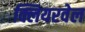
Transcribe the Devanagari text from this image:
क्लियरवेल